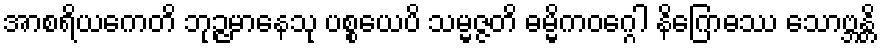
အာစရိယကေတိ ဘုဉ္ဇမာနေသု ပစ္စယေပိ သမ္မဇ္ဇတိ ဓမ္မိကဝဂ္ဂေါ နိဂြောဓဿ သောဗ္ဘန္တိ